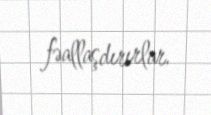
fəallaşdırırlar.